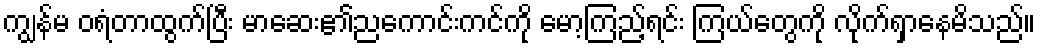
ကျွန်မ ဝရံတာထွက်ပြီး မာဆေး၏ညကောင်းကင်ကို မော့ကြည့်ရင်း ကြယ်တွေကို လိုက်ရှာနေမိသည်။